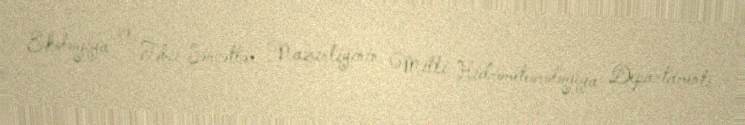
Ekologiya və Təbii Sərvətlər Nazirliyinin Milli Hidrometeorologiya Departamenti